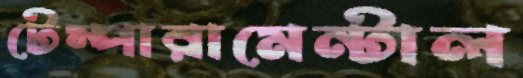
টেম্পারামেন্টাল